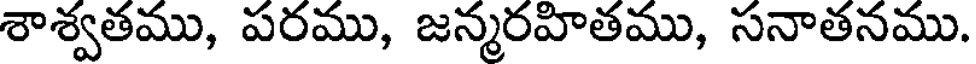
శాశ్వతము, పరము, జన్మరహితము, సనాతనము.